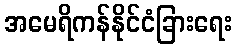
အမေရိကန်နိုင်ငံခြားရေး